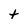
Character: t